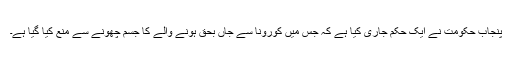
پنجاب حکومت نے ایک حکم جاری کیا ہے کہ جس میں کورونا سے جاں بحق ہونے والے کا جسم چھونے سے منع کیا گیا ہے۔